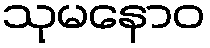
သုမနောဝ